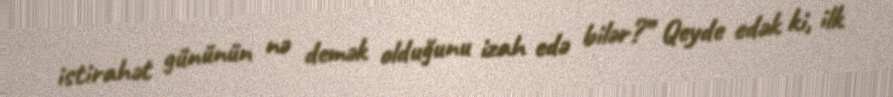
istirahət gününün nə demək olduğunu izah edə bilər?” Qeyde edək ki, ilk